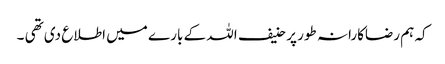
کہ ہم رضاکارانہ طور پر حنیف اللہ کے بارے میں اطلاع دی تھی ۔